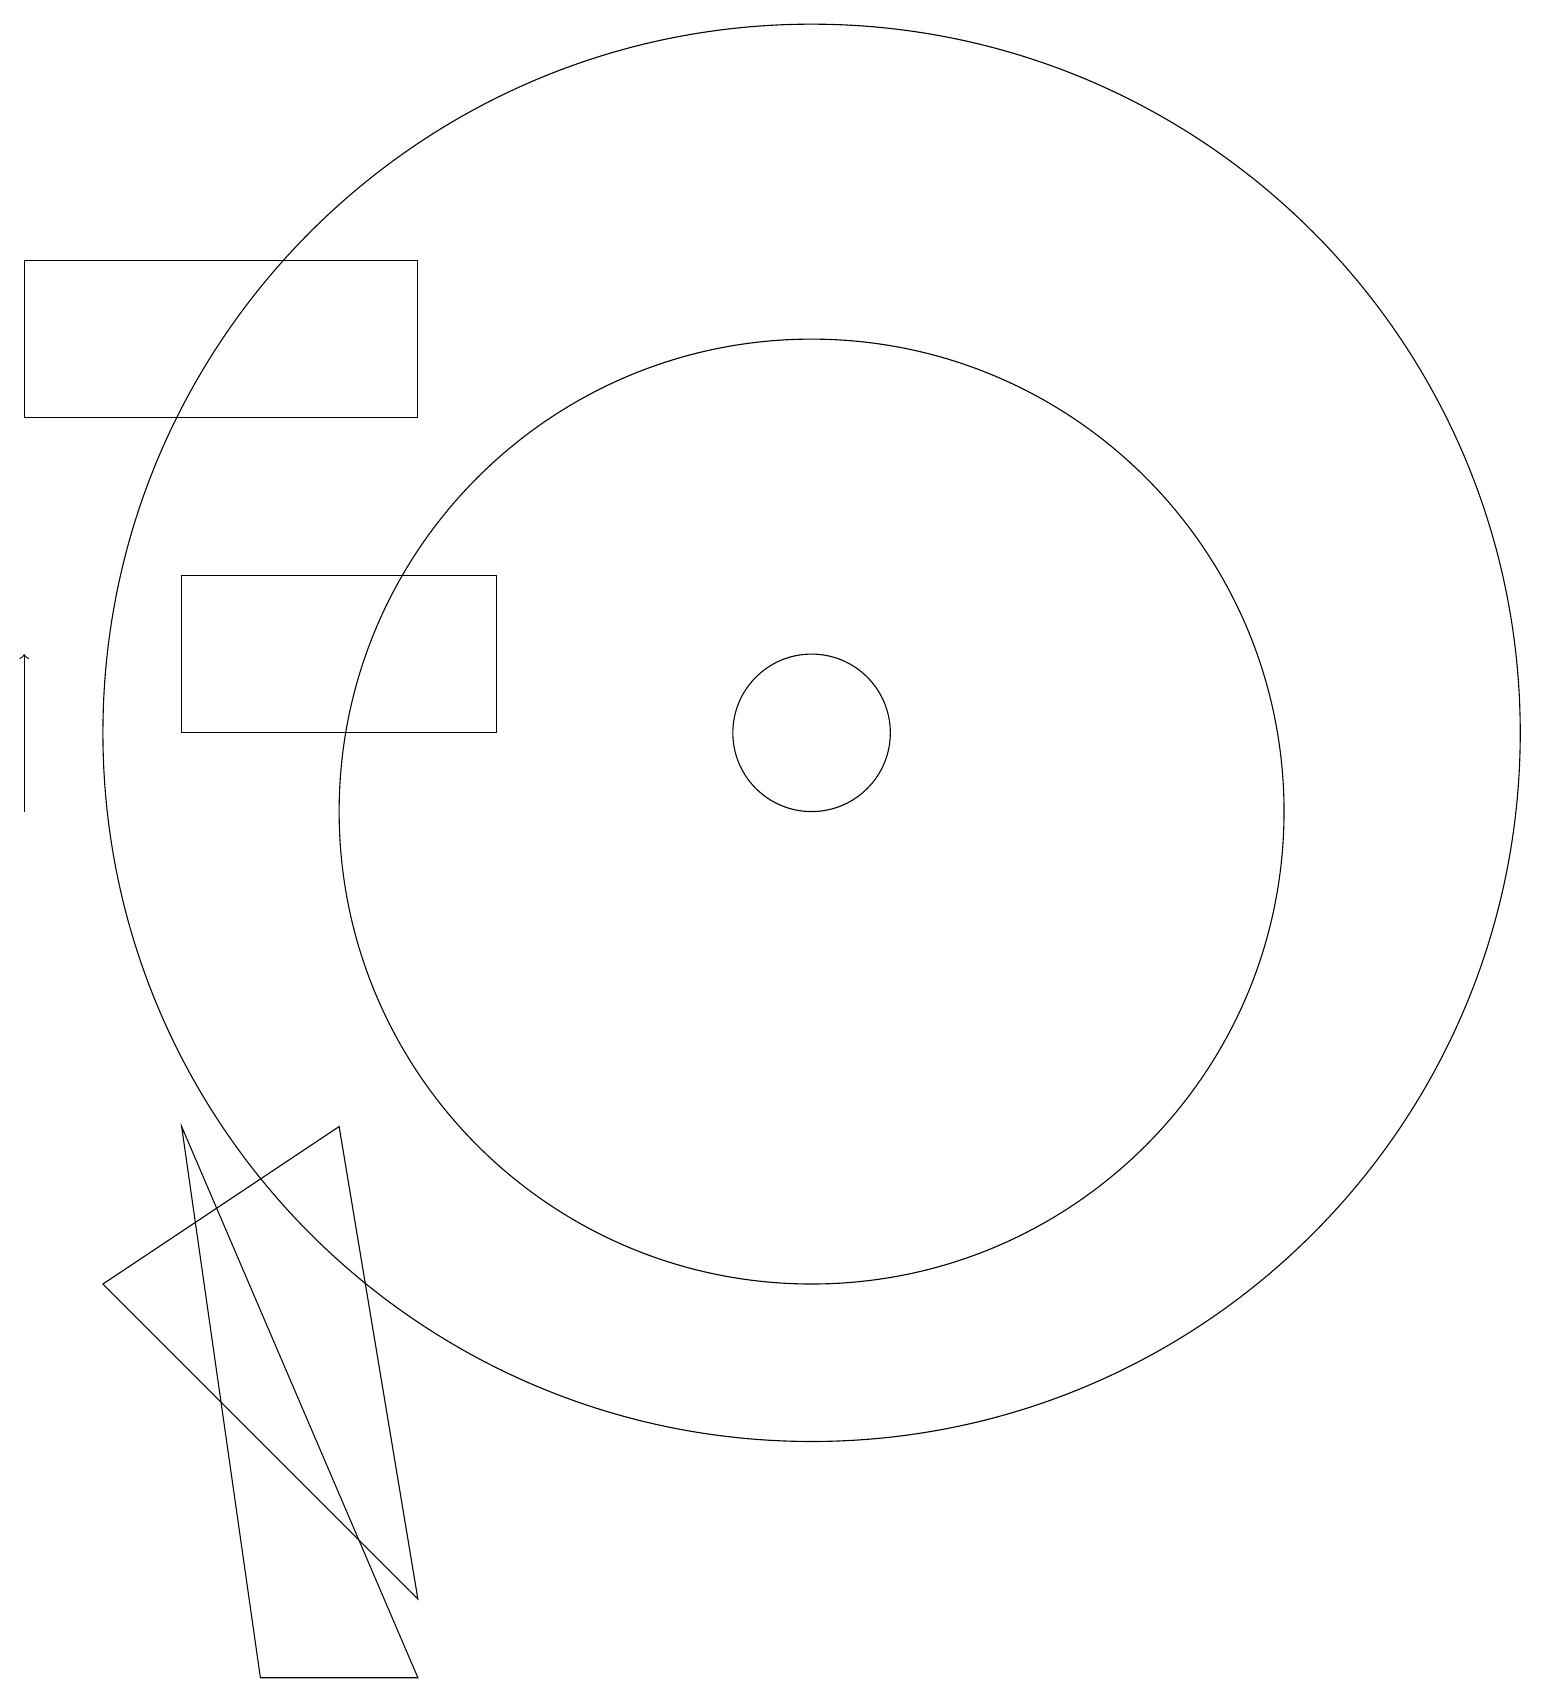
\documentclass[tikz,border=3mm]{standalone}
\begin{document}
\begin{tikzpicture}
\draw (10,11) circle (6);
\draw (5,0) -- (3,0) -- (2,7) -- cycle;
\draw (10,12) circle (9);
\draw (5,1) -- (4,7) -- (1,5) -- cycle;
\draw (0,18) rectangle (5,16);
\draw[->] (0,11) -- (0,13);
\draw (6,14) rectangle (2,12);
\draw (10,12) circle (1);
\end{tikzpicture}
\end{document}